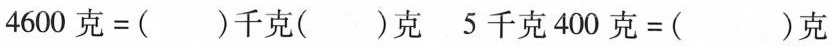
$$4 6 0 0 克 = ( ) 千 克 ( ) 克$$ $$5 千 克 4 0 0 克 = ( ) 克$$